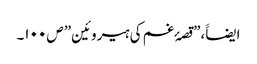
ایضاََ،”قصۂ غم کی ہیروئین” ص ۱۰۰۔